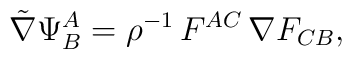
{\tilde\nabla}\Psi^A_B =\rho^{-1}\,F^{AC}\,\nabla F_{CB},